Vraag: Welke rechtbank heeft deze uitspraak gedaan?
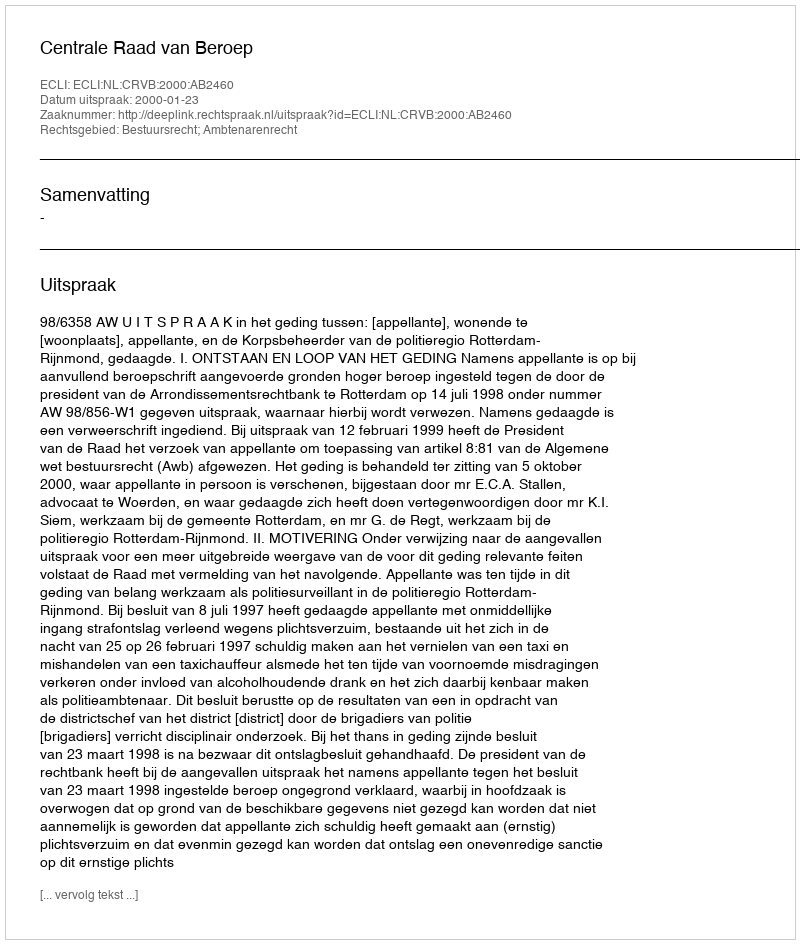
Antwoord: Centrale Raad van Beroep